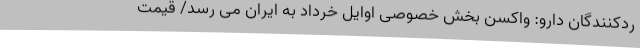
ردکنندگان دارو: واکسن بخش خصوصی اوایل خرداد به ایران می رسد/ قیمت